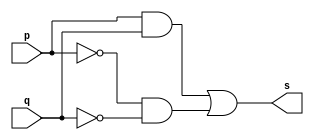
// ---------------------------------------------------------------
// -- Exemplo0012 - 	XNOR com expressao
// -- Nome:				Alexandre Palmieri Sad
// -- Matricula:		440265
// ---------------------------------------------------------------

// ---------------------------------------------------------------
// -- xnor gate
// ---------------------------------------------------------------

module xnorGate( output s, input p, input q );
	assign s = (p & q) | (~p & ~q);
endmodule // -- xnorGate

// ---------------------------------------------------------------
// -- teste xnor gate
// ---------------------------------------------------------------

module testXnorGate;
	// --------------------------------- dados locais
		reg a, b;	// -- definir registradores
		wire s;		// -- definir conexoes
		
	// ------------------------------------ instancia
		xnorGate XNOR1(s, a, b);
	
	// ----------------------------------- preparacao
		initial begin: start
			a = 0;
			b = 0;
		end
		
	// ------------------------------ parte principal
		initial begin
			$display("Exemplo0012 - Sad - 440265");
			$display("Teste XNOR gate com expressao");
			$display("\n(a & b) | (~a & ~b) = s\n");
			$monitor("(%b & %b) | (~%b & ~%b) = %b", a, b, a, b, s);
			
			#1
				a = 0; b = 0;
			#1
				a = 0; b = 1;
			#1
				a = 1; b = 0;
			#1
				a = 1; b = 1;
		end	
		
endmodule // -- tsetXnorGate

// -- FIM DO PROGRAMA